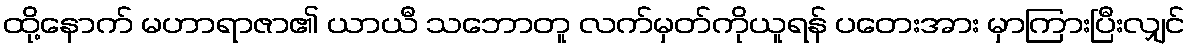
ထို့နောက် မဟာရာဇာ၏ ယာယီ သဘောတူ လက်မှတ်ကိုယူရန် ပတေးအား မှာကြားပြီးလျှင်